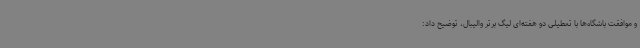
و موافقت باشگاه‌ها با تعطیلی دو هفته‌ای لیگ برتر والیبال، توضیح داد: